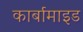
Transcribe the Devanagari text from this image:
कार्बामाइड